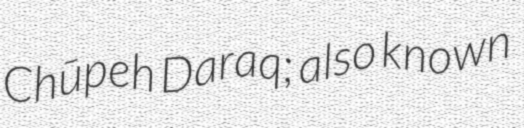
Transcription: Chūpeh Daraq; also known